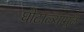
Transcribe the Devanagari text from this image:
घोटाळ्यामुळे